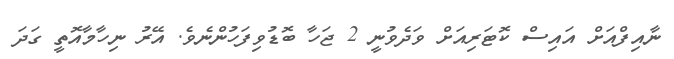
ނާއިފްއަށް އައިސް ކޮޓަރިއަށް ވަދެވުނީ 2 ޖަހާ ބޮޑުވިފަހުންނެވެ. އޭރު ނިހާމާއޮތީ ގަދަ